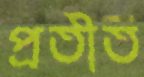
প্রতীত